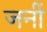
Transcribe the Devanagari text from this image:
जनीं